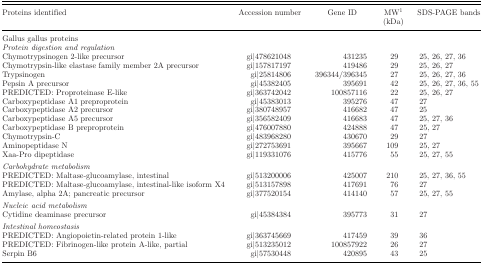
<table><thead><tr><td><b>Proteins identified</b></td><td><b>Accession number</b></td><td><b>Gene ID</b></td><td><b>MW<sup>1</sup></b></td><td><b>SDS-PAGE bands</b></td></tr><tr><td></td><td></td><td></td><td><b>(kDa)</b></td><td></td></tr></thead><tbody><tr><td>Gallus gallus proteins</td><td></td><td></td><td></td><td></td></tr><tr><td><i>Protein digestion and regulation</i></td><td></td><td></td><td></td><td></td></tr><tr><td>Chymotrypsinogen 2-like precursor</td><td>gi|478621048</td><td>431235</td><td>29</td><td>25, 26, 27, 36</td></tr><tr><td>Chymotrypsin-like elastase family member 2A precursor</td><td>gi|157817197</td><td>419486</td><td>29</td><td>25, 26, 27</td></tr><tr><td>Trypsinogen</td><td>gi|25814806</td><td>396344/396345</td><td>27</td><td>25, 26, 27, 36</td></tr><tr><td>Pepsin A precursor</td><td>gi|45382405</td><td>395691</td><td>42</td><td>25, 26, 27, 36, 55</td></tr><tr><td>PREDICTED: Proproteinase E-like</td><td>gi|363742042</td><td>100857116</td><td>22</td><td>25, 26, 27</td></tr><tr><td>Carboxypeptidase A1 preproprotein</td><td>gi|45383013</td><td>395276</td><td>47</td><td>27</td></tr><tr><td>Carboxypeptidase A2 precursor</td><td>gi|380748957</td><td>416682</td><td>47</td><td>25</td></tr><tr><td>Carboxypeptidase A5 precursor</td><td>gi|356582409</td><td>416683</td><td>47</td><td>25, 27, 36</td></tr><tr><td>Carboxypeptidase B preproprotein</td><td>gi|476007880</td><td>424888</td><td>47</td><td>25, 27</td></tr><tr><td>Chymotrypsin-C</td><td>gi|483968280</td><td>430670</td><td>29</td><td>27</td></tr><tr><td>Aminopeptidase N</td><td>gi|272753691</td><td>395667</td><td>109</td><td>25, 27</td></tr><tr><td>Xaa-Pro dipeptidase</td><td>gi|119331076</td><td>415776</td><td>55</td><td>25, 27, 55</td></tr><tr><td><i>Carbohydrate metabolism</i></td><td></td><td></td><td></td><td></td></tr><tr><td>PREDICTED: Maltase-glucoamylase, intestinal</td><td>gi|513200006</td><td>425007</td><td>210</td><td>25, 27, 36, 55</td></tr><tr><td>PREDICTED: Maltase-glucoamylase, intestinal-like isoform X4</td><td>gi|513157898</td><td>417691</td><td>76</td><td>27</td></tr><tr><td>Amylase, alpha 2A; pancreatic precursor</td><td>gi|377520154</td><td>414140</td><td>57</td><td>25, 27, 55</td></tr><tr><td><i>Nucleic acid metabolism</i></td><td></td><td></td><td></td><td></td></tr><tr><td>Cytidine deaminase precursor</td><td>gi|45384384</td><td>395773</td><td>31</td><td>27</td></tr><tr><td><i>Intestinal homeostasis</i></td><td></td><td></td><td></td><td></td></tr><tr><td>PREDICTED: Angiopoietin-related protein 1-like</td><td>gi|363745669</td><td>417459</td><td>39</td><td>36</td></tr><tr><td>PREDICTED: Fibrinogen-like protein A-like, partial</td><td>gi|513235012</td><td>100857922</td><td>26</td><td>27</td></tr><tr><td>Serpin B6</td><td>gi|57530448</td><td>420895</td><td>43</td><td>25</td></tr></tbody></table>